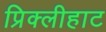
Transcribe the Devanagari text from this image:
प्रिक्लीहाट